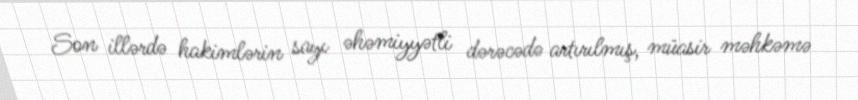
Son illərdə hakimlərin sayı əhəmiyyətli dərəcədə artırılmış, müasir məhkəmə